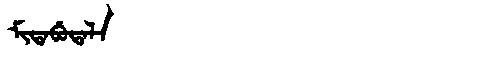
Manchu: ᠮᡳᡨᠠᠪᡠᡨᠠᠯᠠ
Romanization: MITABUTALA